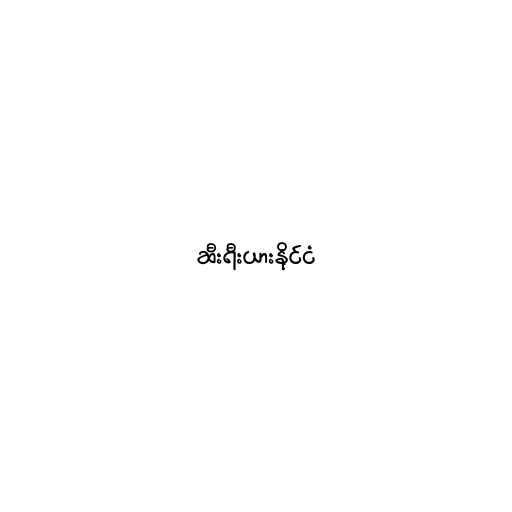
ဆီးရီးယားနိုင်ငံ